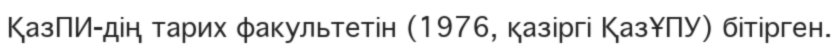
ҚазПИ-дің тарих факультетін (1976, қазіргі ҚазҰПУ) бітірген.